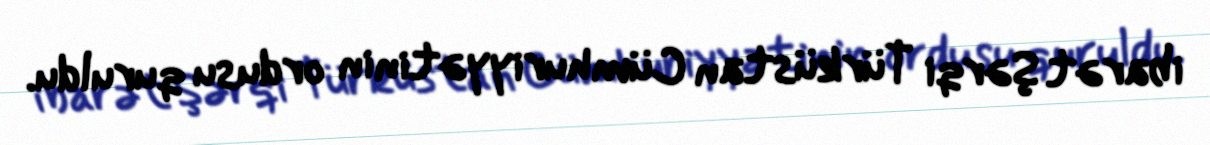
ibarət Şərqi Türküstan Cümhuriyyətinin ordusu quruldu.